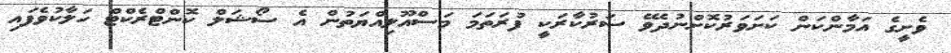
ވެށީގެ އަމާންކަން ކަށަވަރުކޮށްނުދެވޭ ސަރުކާރަކީ ފުރަތަމަ މަސްއޫލިއްޔަތުން އެ ސޯޝަލް ކޮންޓްރެކްޓް ހަލާކުވެފައި